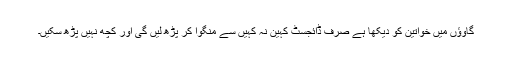
گاوؤں میں خواتین کو دیکھا ہے صرف ڈائجسٹ کہین نہ کہیں سے منگوا کر پڑھ لیں گی اور کچھ نہیں پڑھ سکیں۔